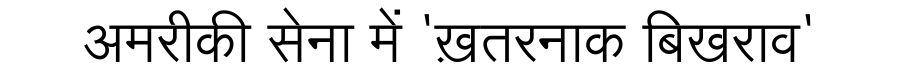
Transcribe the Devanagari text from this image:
अमरीकी सेना में 'ख़तरनाक बिखराव'